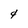
Character: 4